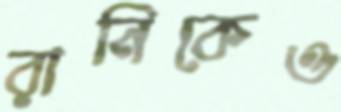
রানিকেও